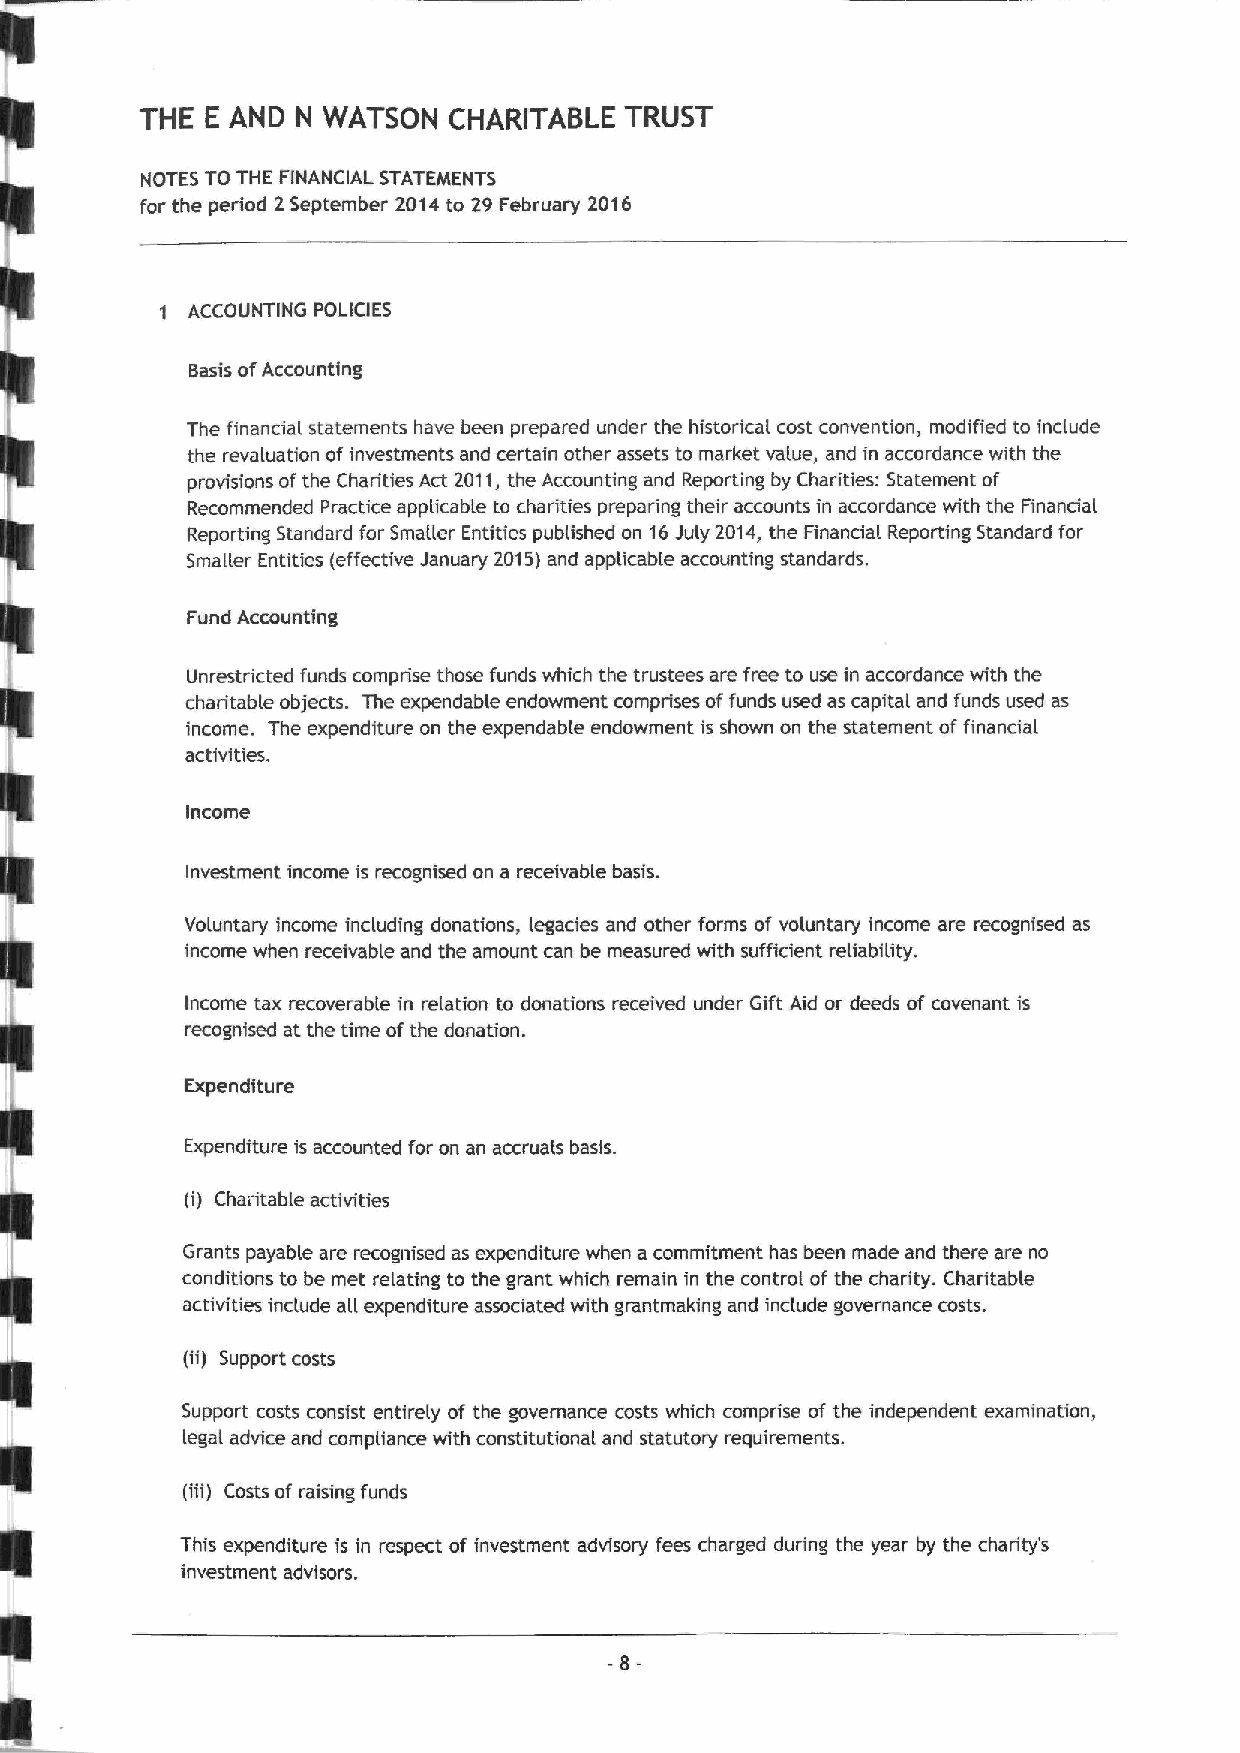
THE  E AND N WATSON  CHARITABLE TRUST
 NOTES TO THE FINANCIAL STATEMENTS
 for the period 2 September 2014to 29 February 2016
 1 ACCOUNTING POLICIES
 Basis ofAccounting
 The financia( statements have been prepared under the historical cost convention, modified to include
 the revaluation ofinvestments and certain other assets to market value, and in accordance with the
 provisions ofthe Charities Act 2011,the Accounting and Reporting by Charities: Statement of
 Recommended Practice applicable to charities preparing their accounts in accordance with the Financial
 Reporting Standard for Smaller Entities published on 16July 2014, the Financial Reporting Standard for
 Smaller Entities (effective January 2015)and applicable accounting standards.
 Fund Accounting
 Unrestricted funds comprise those funds which the trustees are free to use in accordance with the
 charitable objects. The expendable endowment comprises offunds used as capital and funds used as
 income. The expenditure on the expendable endowment is shown on the statement offinancial
 activities.
 Income
 Investment income is recognised on a receivable basis.
 Voluntary income including donations, legacies and other forms of voluntary income are recognised as
 income when receivable and the amount can be measured with sufficient reliability.
 Income tax recoverable in relation to donations received under Gift Aid or deeds of covenant is
 recognised at the time ofthe donation.
 Expenditure
 Expenditure is accounted for on an accruals basis.
 (i) Charitable activities
 Grants payable are recognised as expenditure when a commitment has been made and there are no
 conditions to be met relating to the grant which remain in the control of the charity. Charitable
 activities include all expenditure associated with grantmaking and include governance costs.
 (ii) Support costs
 Support costs consist entirely of the governance costs which comprise of the independent examination,
 legal advice and compliance with constitutional and statutory requirements.
 (iii) Costs of raising funds
 This expenditure is in respect of investment advisory fees charged during the year by the charity's
 investment advisors.